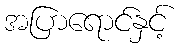
အပြာရောင်နှင့်